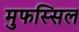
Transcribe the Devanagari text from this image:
मुफस्सिल